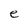
Character: e